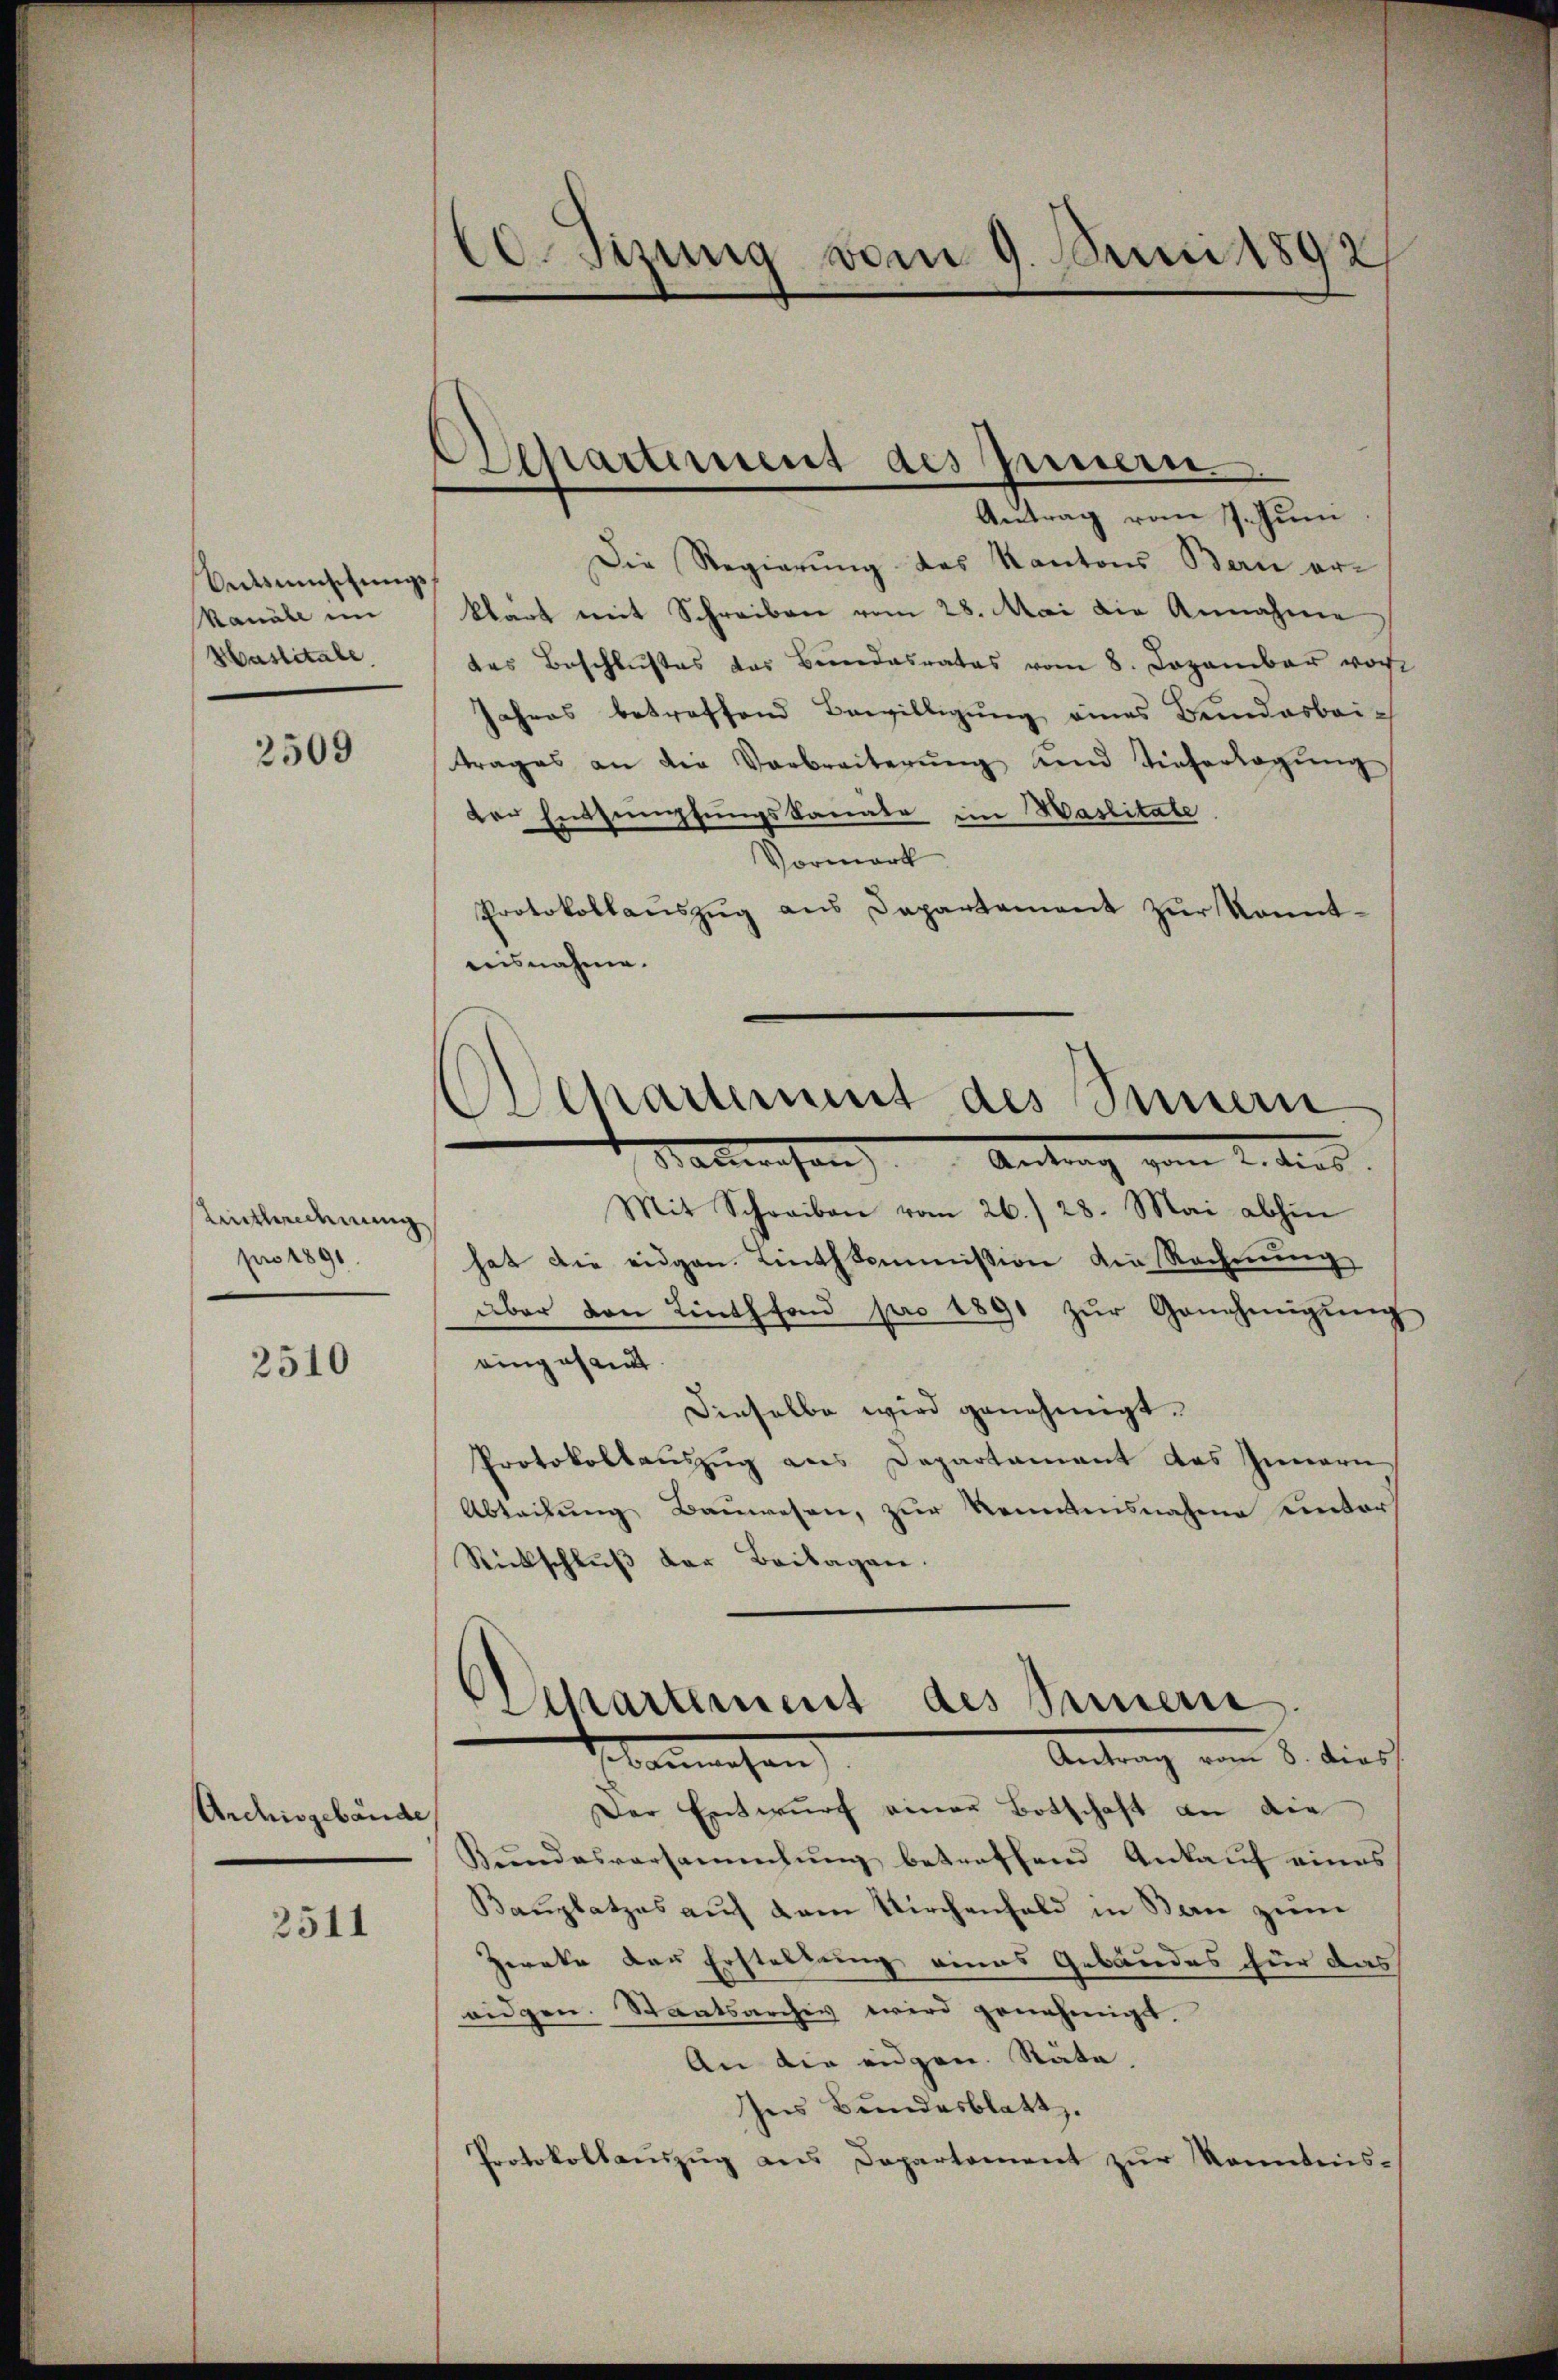
Unsmischungs
Kanäle im
Haslitale,

2509

Entleidenung
pro 1891.

2510

Archisgebäude

2511

20. Sizung vom 9. Juni 1892

Departement des Innern

olkartement des Sinnern

Antrag vom 7. Juni
Die Regierung des Kantons Bern erklärt mit Schreiben vom 28. Mai die Annahme
das Beschlußes das Bundesrates vom 8. Dezember vor
Jahres betreffend Bewilligung eines Bundesbrich
trages an die Verbreiterŭng und Tieferlegŭng
der Entsumpfungskanato in Waslitate
Vormerk
Protokollaŭszŭg ans Departement zŭr konnt-
ausnahme.
Sabwesen Antrag vom 2. dies
Mit Schreiben vom 26. 28. Mai abhin
hat die eidgen. Linthkommission die Rechnung
über von Linthfond pro 1891 zur Genehmigung
eingesamt
Dieselbe wird genehmigt.
Protokollauszug aus Departament des Innern
Abteilung Bauwesen, zur Kenntnisnahme unter
Rückschlŭβ der Beilagen.
Antrag vom 8. dies
Nammchen
Der Entwurf einer Botschaft an die
Bundesversammlung betreffend Ankauf eines
Bauplatzes auf dem Kirchenfeld in Bau zum
Zweke der Erstellung eines Gebäudes für das
eidgen. Staatsarchiv wird genehmigt.
An die eidgen. Räte,
Ins Bundesblatt.
Protokollaŭszŭg ans Departement zŭr Kenntnis-

Ochartement des Seinem